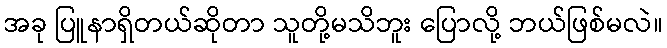
အခု ပြူနာရှိတယ်ဆိုတာ သူတို့မသိဘူး ပြောလို့ ဘယ်ဖြစ်မလဲ။